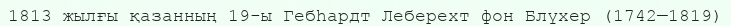
1813 жылғы қазанның 19-ы Гебһардт Леберехт фон Блүхер (1742—1819)